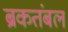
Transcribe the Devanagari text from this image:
ब्रकतंबल